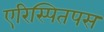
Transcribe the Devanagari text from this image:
एरिस्पितपस